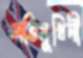
অভিমুখিনী